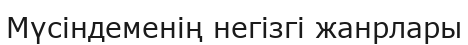
Мүсіндеменің негізгі жанрлары